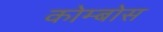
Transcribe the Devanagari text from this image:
कोम्बोस